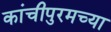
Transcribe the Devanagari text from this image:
कांचीपुरमच्या